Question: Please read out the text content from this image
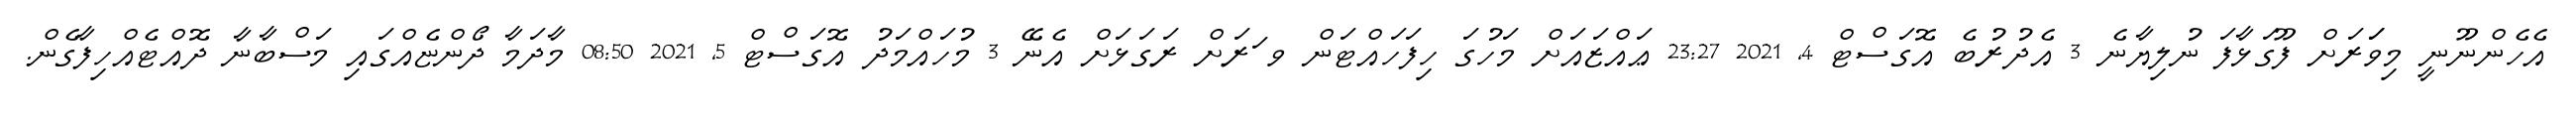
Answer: އެހެންނޫނީ މިވަަރަށް ފޫގަޅާފަ ނުލިޔާނެ 3 އެދުރުބެ އޮގަސްޓް 4, 2021 23:27 ޢައްޒައަށް މަހުގަ ހިފަހައްޓަން ވ ަރަށް ރަގަޅަށް އެނޭ 3 މުހައްމަދު އޮގަސްޓް 5, 2021 08:50 މާދަމާ ދޯންޏެއްގައި މަސްބާނާ ދޮއްޓެއްހިފާގެން.